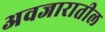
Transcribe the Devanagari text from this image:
अवजारातील